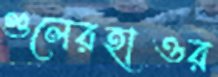
গুলেরহাওর